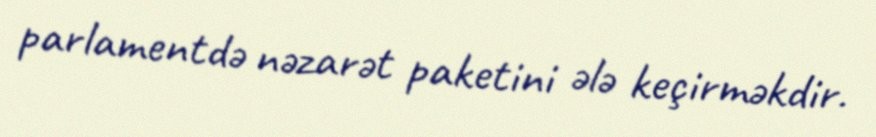
parlamentdə nəzarət paketini ələ keçirməkdir.